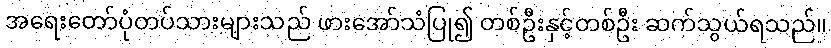
အရေးတော်ပုံတပ်သားများသည် ဖားအော်သံပြု၍ တစ်ဦးနှင့်တစ်ဦး ဆက်သွယ်ရသည်။